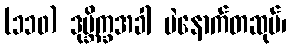
(၁၁၀) ဒုဗ္ဘိက္ခအခါ ပဲနောက်တဆုပ်၊